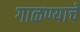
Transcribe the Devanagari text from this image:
गाळण्याचे